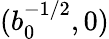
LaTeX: (b_{0}^{-1/2},0)